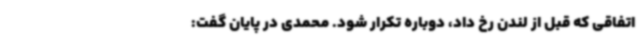
اتفاقی که قبل از لندن رخ داد، دوباره تکرار شود. محمدی در پایان گفت: